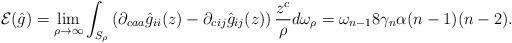
LaTeX: \begin{align*}\mathcal{E}(\hat{g})&=\lim_{\rho\rightarrow\infty}\int_{S_{\rho}}\left(\partial_{caa}\hat{g}_{ii}(z) - \partial_{cij}\hat{g}_{ij}(z) \right)\frac{z^c}{\rho}d\omega_{\rho}=\omega_{n-1} 8\gamma_n\alpha (n-1)(n-2).\end{align*}